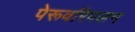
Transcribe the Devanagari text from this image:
पेरूवरिपलम